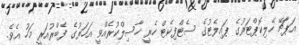
އަޕާޗޭ ހެލިކޮޕްޓަރުގެ ޕައިލެޓުގެ ސެޓްފިކެޓް ހެރީ ހާސިލްކުރެއްވީ އަހަރުގެ ފެބްރުއަރީ މަހު އެވެ.